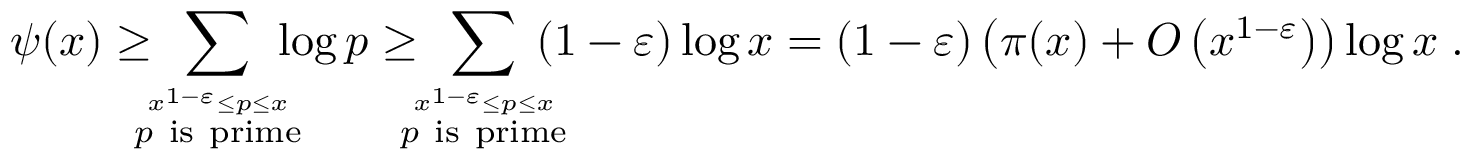
\psi ( x ) \geq \! \! \! \! \sum _ { \stackrel { x ^ { 1 - \varepsilon } \leq p \leq x } { p { \mathrm { ~ i s ~ p r i m e } } } } \! \! \! \! \log p \geq \! \! \! \! \sum _ { \stackrel { x ^ { 1 - \varepsilon } \leq p \leq x } { p { \mathrm { ~ i s ~ p r i m e } } } } \! \! \! \! ( 1 - \varepsilon ) \log x = ( 1 - \varepsilon ) \left( \pi ( x ) + O \left( x ^ { 1 - \varepsilon } \right) \right) \log x \; .